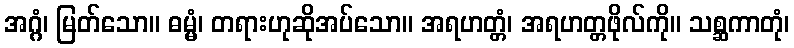
အဂ္ဂံ၊ မြတ်သော။ ဓမ္မံ၊ တရားဟုဆိုအပ်သော။ အရဟတ္တံ၊ အရဟတ္တဖိုလ်ကို။ သစ္ဆကာတုံ၊